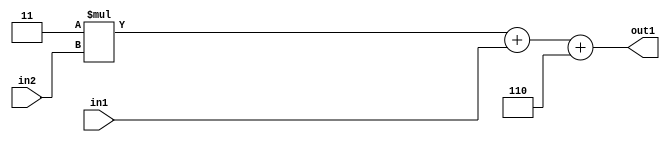
`timescale 1ps / 1ps
/*****************************************************************************
    Verilog RTL Description
    
    
    Created by: Stratus DpOpt 21.05.01 
*******************************************************************************/

module SobelFilter_Add3i6u2Mul2i3u2_4 (
	in2,
	in1,
	out1
	); /* architecture "behavioural" */ 
input [1:0] in2,
	in1;
output [4:0] out1;
wire [4:0] asc001;

wire [4:0] asc001_tmp_0;
wire [4:0] asc001_tmp_1;
assign asc001_tmp_1 = 
	+(5'B00011 * in2);
assign asc001_tmp_0 = asc001_tmp_1
	+(in1);
assign asc001 = asc001_tmp_0
	+(5'B00110);

assign out1 = asc001;
endmodule

/* CADENCE  uLTwSg4= : u9/ySxbfrwZIxEzHVQQV8Q== ** DO NOT EDIT THIS LINE ******/